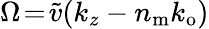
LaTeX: \Omega\! =\! \widetilde{v}(k_{z}-n_{\mathrm{m}}k_{\mathrm{o}})